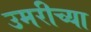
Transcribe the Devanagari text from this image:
उमरीच्या